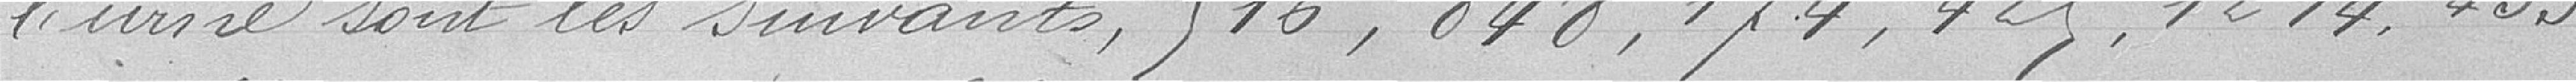
l'urne sont les suivants : 516, 848, 174, 425, 1214, 433,